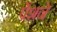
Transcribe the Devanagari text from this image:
पेंशने